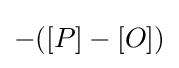
-([P]-[O])